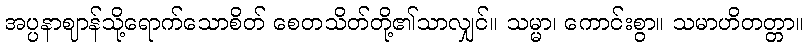
အပ္ပနာဈာန်သို့ရောက်သောစိတ် စေတသိတ်တို့၏သာလျှင်။ သမ္မာ၊ ကောင်းစွာ။ သမာဟိတတ္တာ။